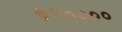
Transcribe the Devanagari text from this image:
७५००००